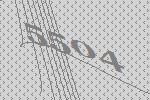
5504